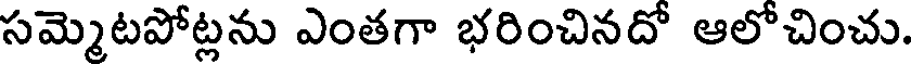
సమ్మెటపోట్లను ఎంతగా భరించినదో ఆలోచించు.